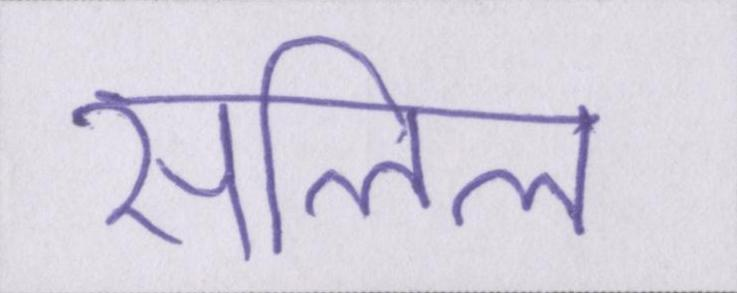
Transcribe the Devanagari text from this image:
सलिल